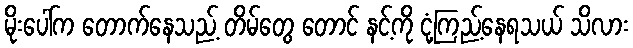
မိုးပေါ်က တောက်နေသည့် တိမ်တွေ တောင် နင့်ကို ငုံ့ကြည့်နေရသယ် သိလား